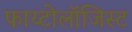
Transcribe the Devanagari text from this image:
फाय्टोलॉजिस्ट